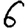
Digit: 6